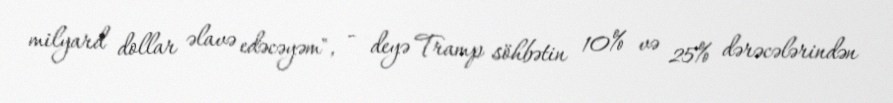
milyard dollar əlavə edəcəyəm", - deyə Tramp söhbətin 10% və 25% dərəcələrindən